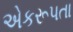
એકરૂપતા